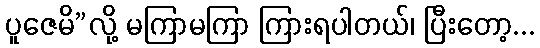
ပူဇေမိ”လို့ မကြာမကြာ ကြားရပါတယ်၊ ပြီးတော့...